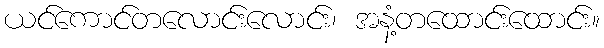
ယင်ကောင်တလောင်းလောင်း၊ အနံ့တထောင်းထောင်း။